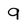
Character: 9